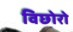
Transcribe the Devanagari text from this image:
विछोरो